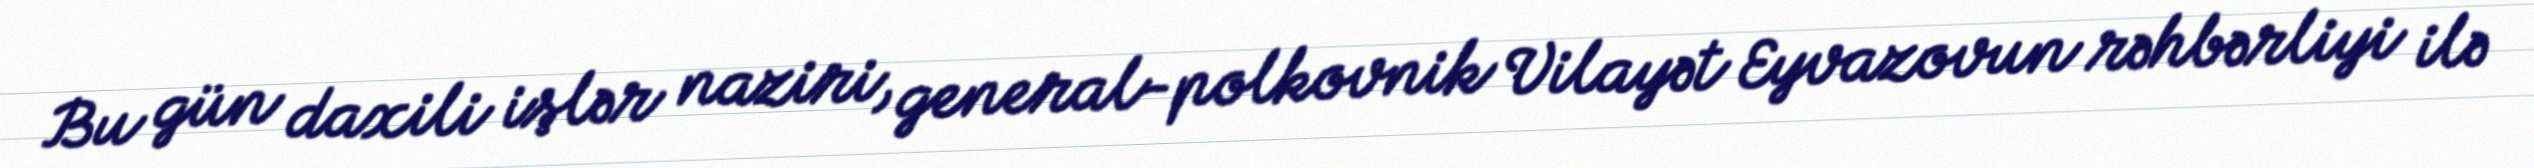
Bu gün daxili işlər naziri, general-polkovnik Vilayət Eyvazovun rəhbərliyi ilə